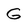
Character: G